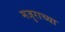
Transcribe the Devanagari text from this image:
मजुराच्या